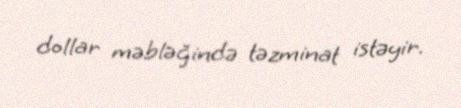
dollar məbləğində təzminat istəyir.